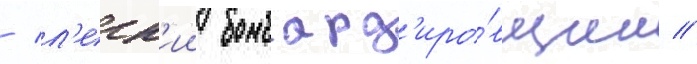
/ л'егк'ии бомбард'иро́вщик //